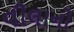
વીલાનો